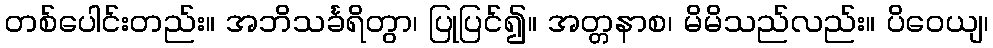
တစ်ပေါင်းတည်း။ အဘိသင်္ခရိတွာ၊ ပြုပြင်၍။ အတ္တနာစ၊ မိမိသည်လည်း။ ပိဝေယျ၊